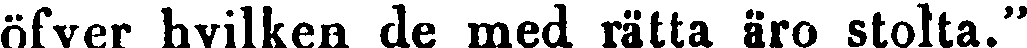
öfver hvilken de med rätta äro stolta."